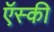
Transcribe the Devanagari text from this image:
ऍस्की